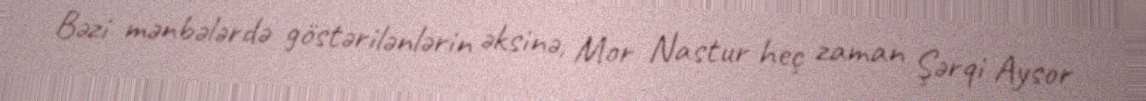
Bəzi mənbələrdə göstərilənlərin əksinə, Mor Nastur heç zaman Şərqi Aysor